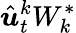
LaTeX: \hat{\boldsymbol{u}}_{t}^{k}W_{k}^{*}